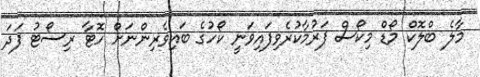
މާލެ ބްލޮކް މޯޑް މިކޯސް ފަރުމާކުރެވިފައިވަނީ ކޯހުގެ ބައިވެރިންނަށް ހޮޓާ ރިސޯޓު ފަދަ